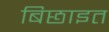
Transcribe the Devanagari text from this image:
बिछाइत